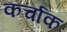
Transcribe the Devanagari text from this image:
कर्चाक